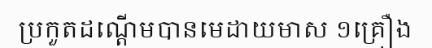
ប្រកួតដណ្តើមបានមេដាយមាស ១គ្រឿង